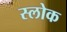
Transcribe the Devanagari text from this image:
स्लोक